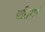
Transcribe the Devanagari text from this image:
प्रतिगरं